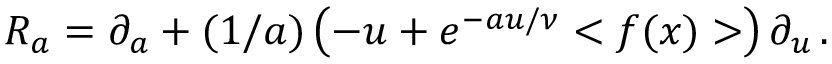
R _ { a } = \partial _ { a } + ( 1 / a ) \left( - u + e ^ { - a u / \nu } < f ( x ) > \right) \partial _ { u } \, .